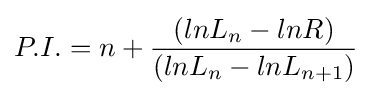
P.I.=n+{(lnL_{n}-lnR) \over (lnL_{n}-lnL_{n+1})}